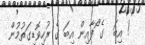
! އިބަ  ގެ ޯފާއިން އިބަ ގެ ރުހިވޮޑިގަތުމުން